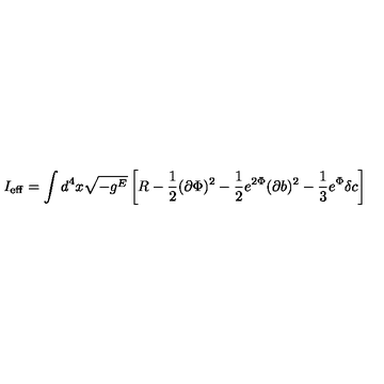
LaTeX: I _ { \mathrm { e f f } } = \int d ^ { 4 } x \sqrt { - g ^ { E } } \left[ R - \frac { 1 } { 2 } ( \partial \Phi ) ^ { 2 } - \frac { 1 } { 2 } e ^ { 2 \Phi } ( \partial b ) ^ { 2 } - \frac { 1 } { 3 } e ^ { \Phi } \delta c \right]